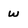
Character: W